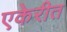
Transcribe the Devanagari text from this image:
एकेरीत